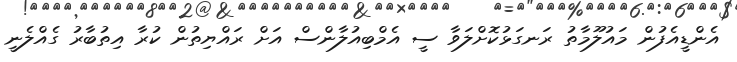
އެންޑީއެފުން މައުލޫމާތު ރަނގަޅުކޮށްލަވާ ސީ އެމްބިއުލާންސް އަށް ރައްޔިތުން ކުރާ އިތުބާރު ގެއްލެނީ